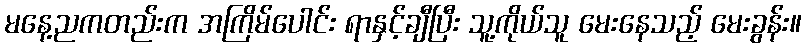
မနေ့ညကတည်းက အကြိမ်ပေါင်း ရာနှင့်ချီပြီး သူ့ကိုယ်သူ မေးနေသည့် မေးခွန်း။